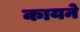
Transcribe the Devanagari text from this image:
कायने